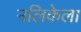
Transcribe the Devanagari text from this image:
नलिकेला